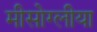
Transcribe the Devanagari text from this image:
मीसोग्लीया